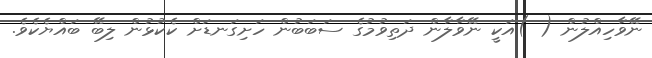
ނޭވާހިއްލުން ( )އަކީ ނޭވާލާން ދަތިވުމުގެ ސަބަބުން ހަށިގަނޑަށް ކެކުޅުން ލިބޭ ބައްޔެކެވެ.